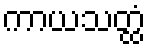
ကာယသတ္ထံ